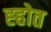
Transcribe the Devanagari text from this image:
ह्होत